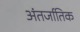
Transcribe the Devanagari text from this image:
अंतर्जातिक